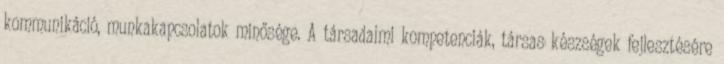
kommunikáció, munkakapcsolatok minősége. A társadalmi kompetenciák, társas készségek fejlesztésére